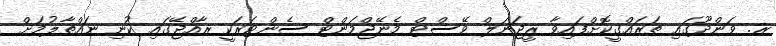
ރ. ވަންދޫގައި ތަރައްގީކޮށްފައިވާ ރީޖަނަލް ވޭސްޓް މެނޭޖްމަންޓް ސެންޓަރަކީ ރާއްޖޭގައި ކުނި ނައްތާލުމަށް